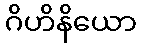
ဂိဟိနိယော